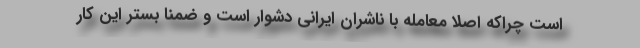
است چراکه اصلا معامله با ناشران ایرانی دشوار است و ضمنا بستر این کار